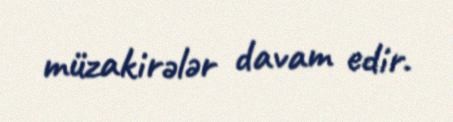
müzakirələr davam edir.